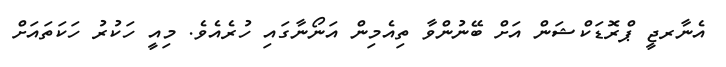
އެނާރޖީ ޕްރޮޑަކްޝަން އަށް ބޭނުންވާ ތިއެމިން އަނޯނާގައި ހުރެއެވެ. މިއީ ހަކުރު ހަކަތައަށް